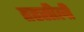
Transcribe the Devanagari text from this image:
तहसीली